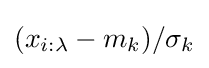
(x_{i:\lambda }-m_{k})/\sigma _{k}